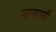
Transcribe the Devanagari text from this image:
पानातही